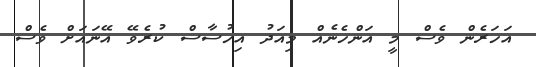
އަހަރެން ވެސް މީ އަންހެނެއް މިއަދު އިހުސާސް ކުރެވޭ އޭނައަށް ވެސް